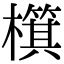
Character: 檱